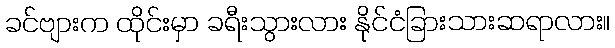
ခင်ဗျားက ထိုင်းမှာ ခရီးသွားလား နိုင်ငံခြားသားဆရာလား။